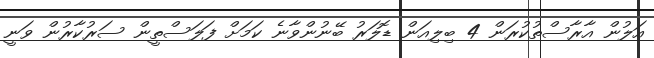
އަލުން އާރާސްތުކުރަން 4 ބިލިއަން ޑޮލަރު ބޭނުންވާނެ ކަމަށް ފަލަސްތީން ސަރުކާރުން ވަނީ